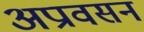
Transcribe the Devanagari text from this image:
अप्रावसन